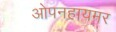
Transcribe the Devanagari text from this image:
ओपनहायमर